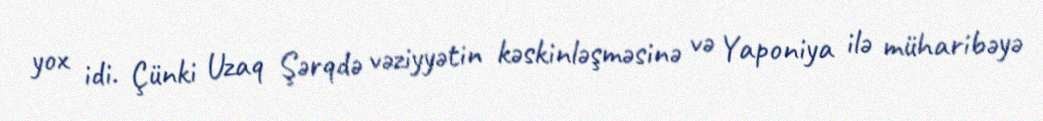
yox idi. Çünki Uzaq Şərqdə vəziyyətin kəskinləşməsinə və Yaponiya ilə müharibəyə